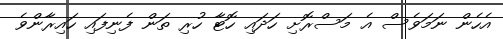
އެހެން ނަމަވެސް އެ މަސްރޮށި ހަދައި ހޮޓާ ހުރި ތަން ފެނިފައި ހައިރާންވެ